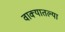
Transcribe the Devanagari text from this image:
वाक्यातल्या